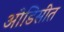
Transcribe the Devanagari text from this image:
ओडिसीत